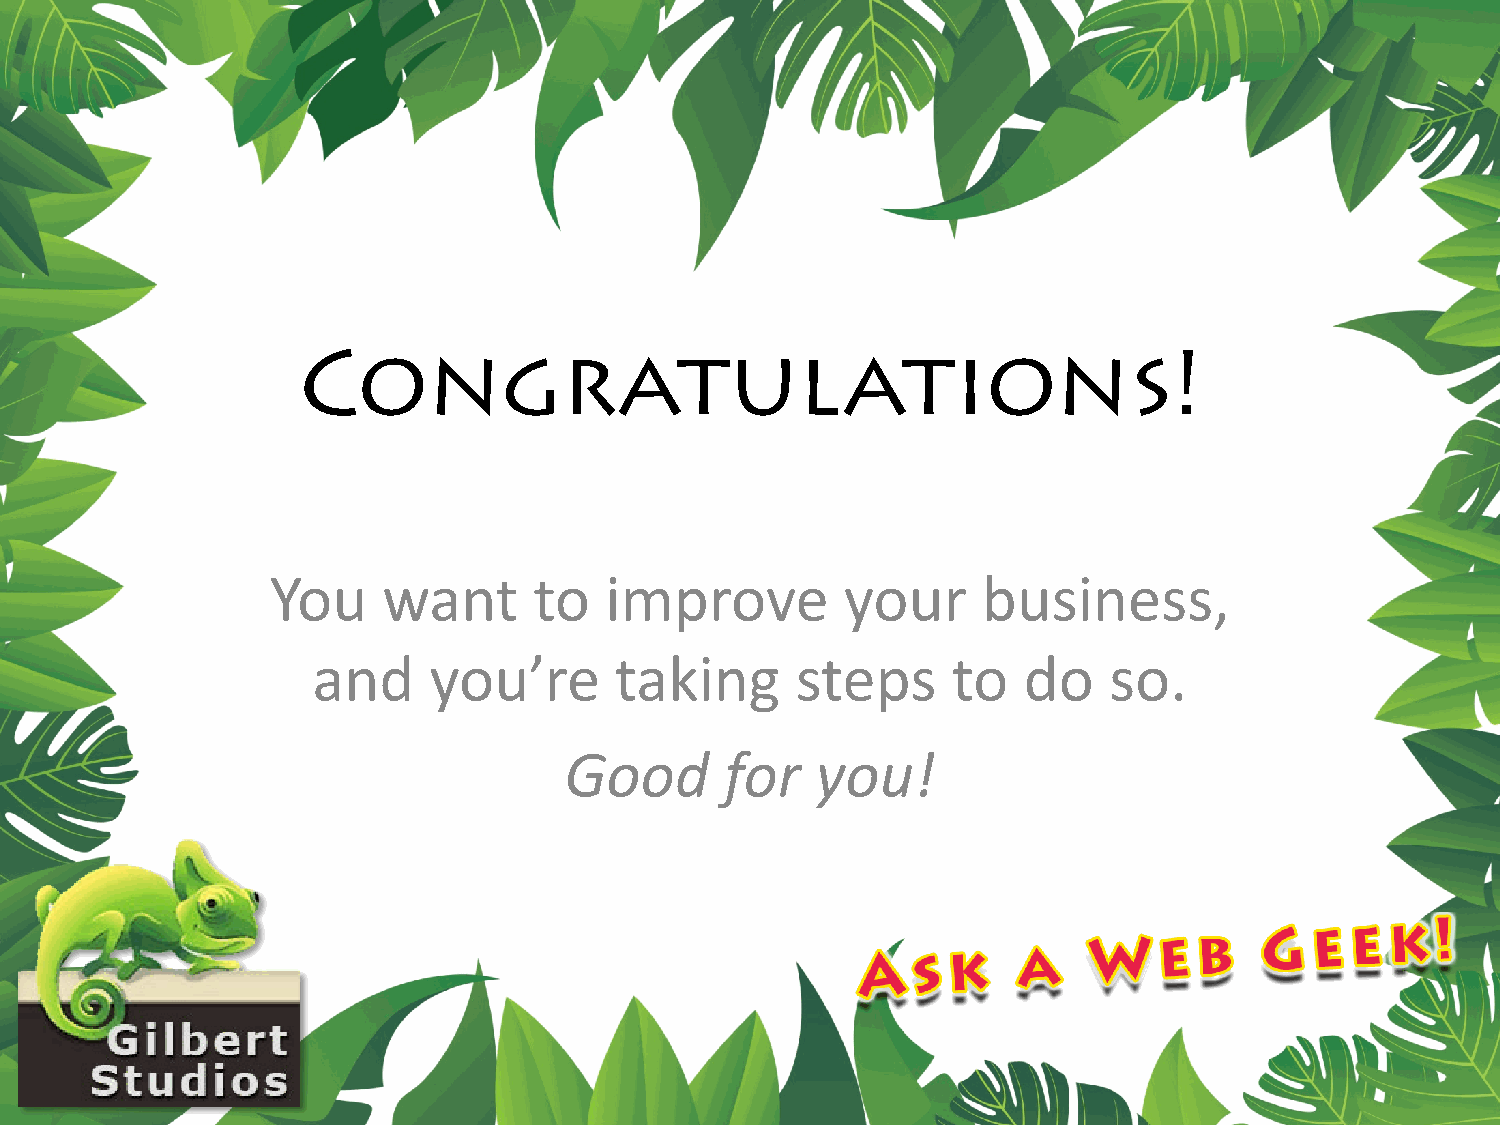
Congratulations!
 You    want      to   improve         your     business,
 and    you’re       taking      steps     to   do   so.
 Good       for   you!